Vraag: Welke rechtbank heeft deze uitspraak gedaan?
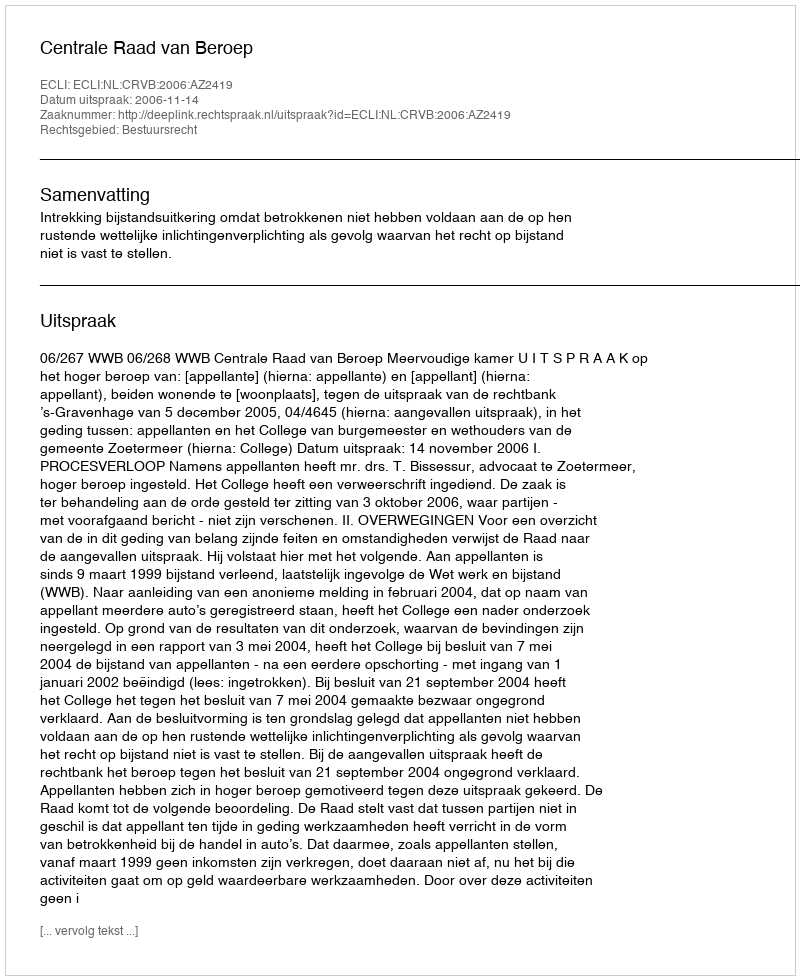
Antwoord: Centrale Raad van Beroep